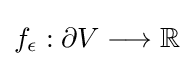
f_{\epsilon }:\partial V\longrightarrow \mathbb {R}